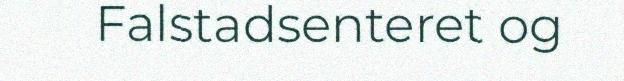
Falstadsenteret og